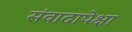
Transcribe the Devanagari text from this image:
संवादापेक्षा